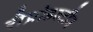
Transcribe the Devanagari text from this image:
रीप्रोडक्टीव